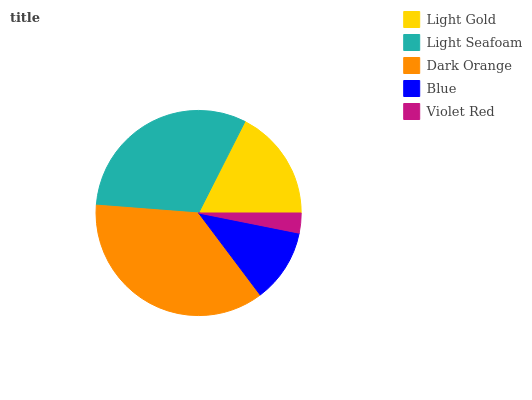
| Light Gold | Light Seafoam | Dark Orange | Blue | Violet Red |
 | --- | --- | --- | --- | --- |
 | 17.5% | 31.2% | 36.5% | 11.6% | 3.15% |